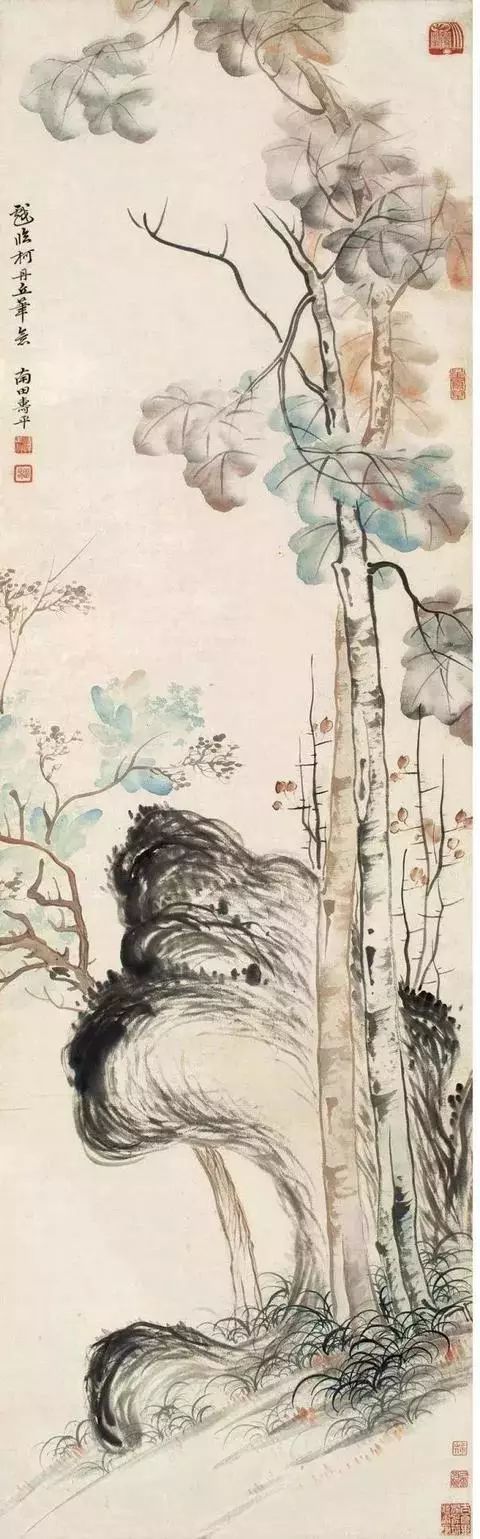
纵被无情弃，不能羞。